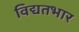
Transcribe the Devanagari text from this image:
विद्यतभार